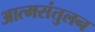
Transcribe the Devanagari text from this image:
आत्मसंतुलन